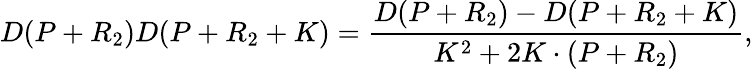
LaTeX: D(P+R_{2})D(P+R_{2}+K)=\frac{D(P+R_{2})-D(P+R_{2}+K)}{K^{2}+2K\cdot(P+R_{2})},